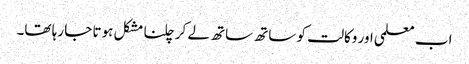
اب معلمی اور وکالت کو ساتھ ساتھ لے کر چلنا مشکل ہوتا جا رہا تھا۔